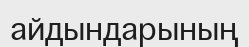
айдындарының